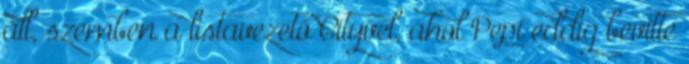
áll, szemben a listavezető Cityvel, ahol Pepi eddig bevitte